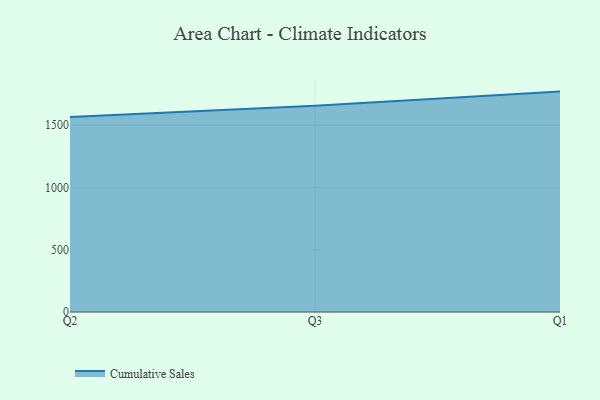
{"axis": {"x": "Quarter", "y": "Market Share (%)"}, "legend": ["Cumulative Sales"], "data": [{"x": "Q2", "y": 1567.3, "type": "Cumulative Sales"}, {"x": "Q3", "y": 1658.0, "type": "Cumulative Sales"}, {"x": "Q1", "y": 1770.7, "type": "Cumulative Sales"}]}